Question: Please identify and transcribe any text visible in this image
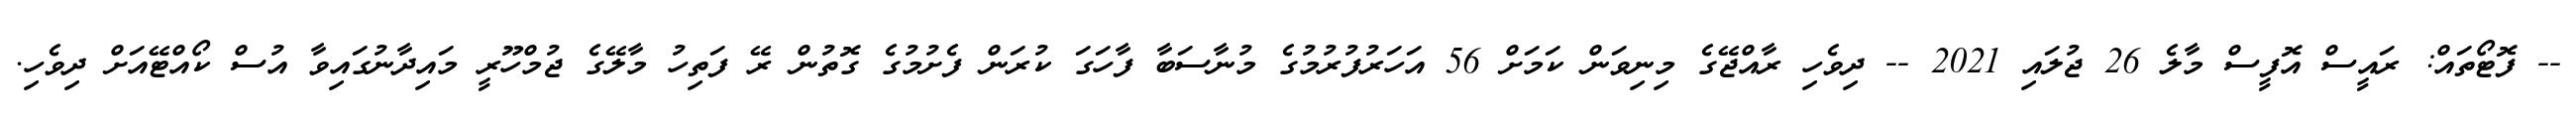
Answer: -- ފޮޓޯތައް: ރައީސް އޮފީސް މާލެ 26 ޖުލައި 2021 -- ދިވެހި ރާއްޖޭގެ މިނިވަން ކަމަށް 56 އަހަރުފުރުމުގެ މުނާސަބާ ފާހަގަ ކުރަން ފެށުމުގެ ގޮތުން ރޭ ފަތިހު މާލޭގެ ޖުމްހޫރީ މައިދާނުގައިވާ އުސް ކޯއްޓޭއަށް ދިވެހި.